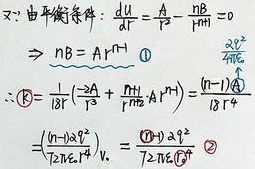
$x$: 由平衡条件：$\frac{\mathrm{d}U}{\mathrm{d}r}=\frac{A}{r^{2}}-\frac{nB}{r^{n + 1}} = 0$
$\Rightarrow nB = Ar^{n - 1}\quad \textcircled{1}$
$\begin{align*}
\therefore E&=\frac{1}{18r^{2}}\left(\frac{2A}{r^{2}}+\frac{nB}{r^{n+1}}\cdot Ar^{n - 1}\right)=\frac{(n - 1)A}{18r^{4}}\\
&=\frac{(n - 1)8^{2}}{12n\epsilon_{r}l^{4}}V.=\frac{(n - 1)q^{2}}{72n\epsilon_{r}l^{4}}\quad \textcircled{2}
\end{align*}$